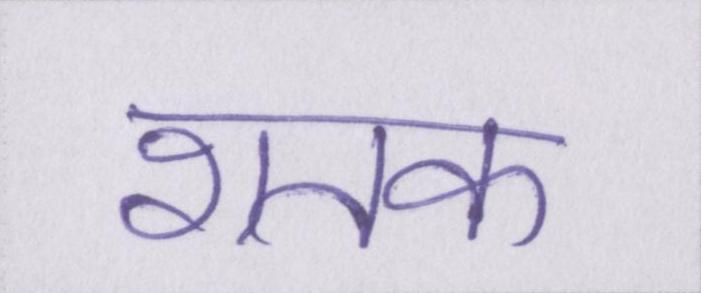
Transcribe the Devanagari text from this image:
शतक